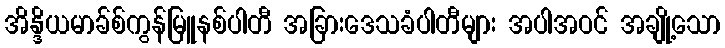
အိန္ဒိယမာခ်စ်ကွန်မြူနစ်ပါတီ အခြားဒေသခံပါတီများ အပါအဝင် အချို့သော